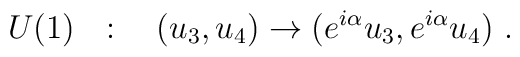
U(1)~~:\quad (u_3,u_4)\to (e^{i\alpha} u_3,e^{i\alpha}u_4)~.